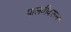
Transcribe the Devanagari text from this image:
पालवीवरून